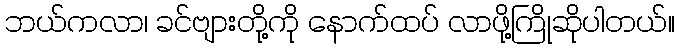
ဘယ်ကလာ၊ ခင်ဗျားတို့ကို နောက်ထပ် လာဖို့ကြိုဆိုပါတယ်။